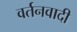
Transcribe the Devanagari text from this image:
वर्तनवादी